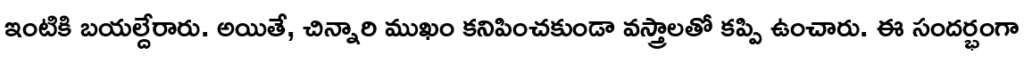
ఇంటికి బయల్దేరారు. అయితే, చిన్నారి ముఖం కనిపించకుండా వస్త్రాలతో కప్పి ఉంచారు. ఈ సందర్భంగా